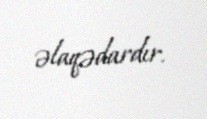
əlaqədardır.